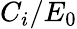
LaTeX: C_{i}/E_{0}